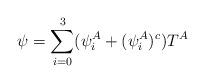
LaTeX: \begin{align*}\psi=\sum_{i=0}^3 (\psi_i^A +(\psi_i^A)^c) T^A\end{align*}